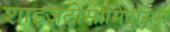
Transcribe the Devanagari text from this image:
शाइज़टोसोमिएसिस